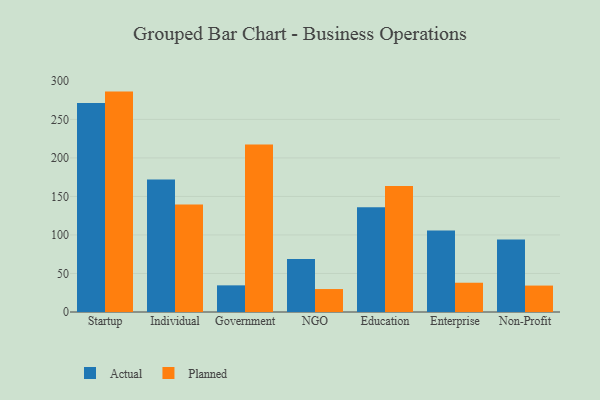
{"axis": {"x": "Segment", "y": "Page Views"}, "legend": ["Actual", "Planned"], "data": [{"x": "Startup", "y": 271.2, "type": "Actual"}, {"x": "Startup", "y": 286.1, "type": "Planned"}, {"x": "Individual", "y": 172.0, "type": "Actual"}, {"x": "Individual", "y": 139.5, "type": "Planned"}, {"x": "Government", "y": 34.6, "type": "Actual"}, {"x": "Government", "y": 217.3, "type": "Planned"}, {"x": "NGO", "y": 68.9, "type": "Actual"}, {"x": "NGO", "y": 29.8, "type": "Planned"}, {"x": "Education", "y": 136.0, "type": "Actual"}, {"x": "Education", "y": 163.5, "type": "Planned"}, {"x": "Enterprise", "y": 105.8, "type": "Actual"}, {"x": "Enterprise", "y": 38.0, "type": "Planned"}, {"x": "Non-Profit", "y": 94.1, "type": "Actual"}, {"x": "Non-Profit", "y": 34.3, "type": "Planned"}]}